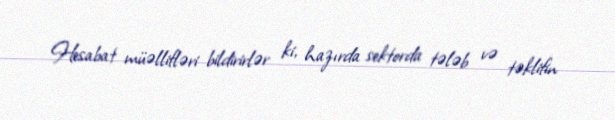
Hesabat müəllifləri bildirirlər ki, hazırda sektorda tələb və təklifin